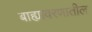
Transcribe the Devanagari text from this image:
बाह्यावरणातील